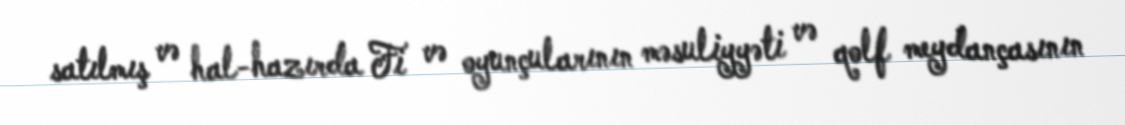
satılmış və hal-hazırda Fi və oyunçularının məsuliyyəti və qolf meydançasının